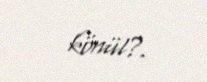
könül?.